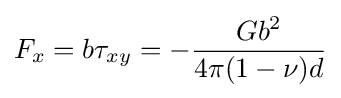
F_{x}=b\tau _{xy}=-{\frac {Gb^{2}}{4\pi (1-\nu )d}}